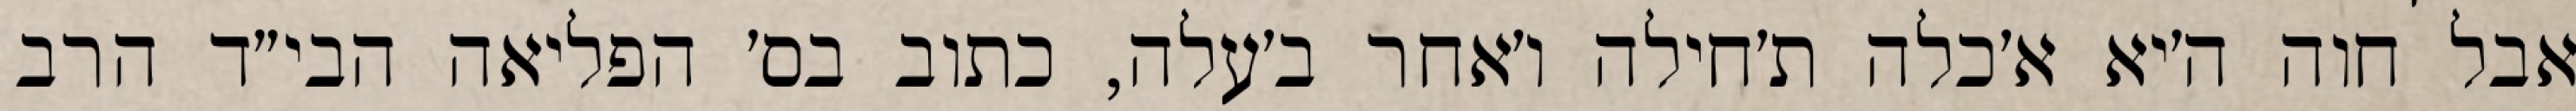
אבל חוה ה׳יא א׳כלה ת׳חילה ו׳אחר ב׳עלה, כתוב בס׳ הפליאה הבי״ד הרב